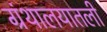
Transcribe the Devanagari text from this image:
ग्रंथालयातली